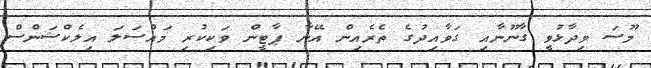
މޫސަ ވިދާޅުވީ ގާނޫނާއި ގަވާއިދުގެ ތެރެއިން އޭނާ ޕާޓީން ވަކިކުރި މައްސަލަ އިލެކްޝަންސް